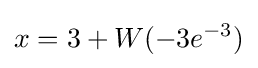
x=3+W(-3e^{-3})